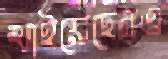
খাইয়েছেনও